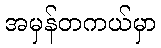
အမှန်တကယ်မှာ